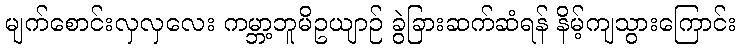
မျက်စောင်းလှလှလေး ကမ္ဘာ့ဘူမိဥယျာဉ် ခွဲခြားဆက်ဆံရန် နိမ့်ကျသွားကြောင်း